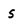
Character: s